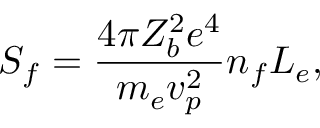
S _ { f } = \frac { 4 \pi Z _ { b } ^ { 2 } e ^ { 4 } } { m _ { e } v _ { p } ^ { 2 } } n _ { f } L _ { e } ,